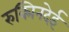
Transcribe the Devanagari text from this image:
रुक्मिनदेई